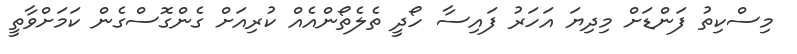
މިސްކިތު ފަންޑަށް މިދިޔަ އަހަރު ފައިސާ ހޯދީ ތެލެތޯންއެއް ކުރިއަށް ގެންގޮސްގެން ކަމަށްވާތީ